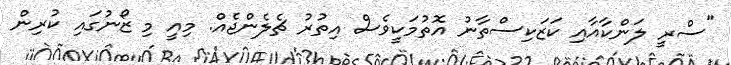
"ސްރީ ލަންކާއާއި ކަޒަކިސްތާނު އޮތުމަކީވެސް އިތުރު ޗެލެންޖެއް. މިއީ މި ޒޯނުގައި ކުރިން